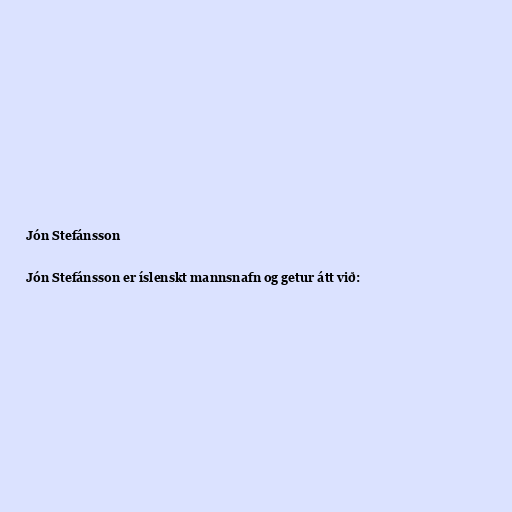
Jón Stefánsson

Jón Stefánsson er íslenskt mannsnafn og getur átt við: